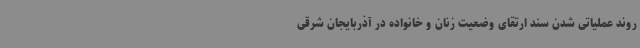
روند عملیاتی شدن سند ارتقای وضعیت زنان و خانواده در آذربایجان شرقی